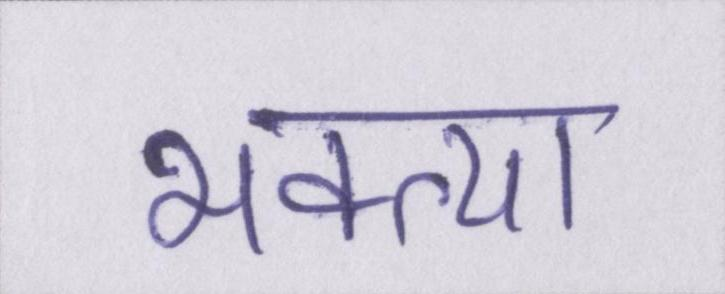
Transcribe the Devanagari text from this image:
भक्त्या